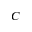
_ C